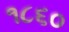
૧૮૬૦